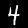
Label: 4